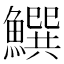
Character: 𩻝